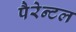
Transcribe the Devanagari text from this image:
पैरेन्टल